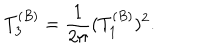
T _ { 3 } ^ { ( B ) } = { \frac { 1 } { 2 \pi } } ( T _ { 1 } ^ { ( B ) } ) ^ { 2 } .